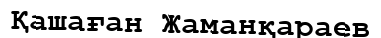
Қашаған Жаманқараев